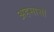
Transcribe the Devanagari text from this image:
अहसासों